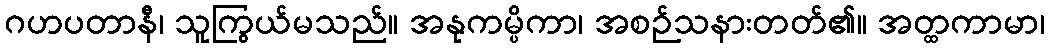
ဂဟပတာနီ၊ သူကြွယ်မသည်။ အနုကမ္ပိကာ၊ အစဉ်သနားတတ်၏။ အတ္ထကာမာ၊